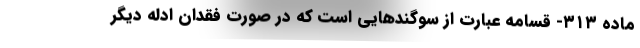
ماده ۳۱۳- قسامه عبارت از سوگندهایی است که در صورت فقدان ادله دیگر